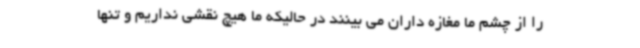
را از چشم ما مغازه داران می بینند در حالیکه ما هیچ نقشی نداریم و تنها